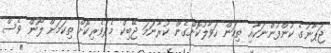
ޖަޕާނުގެ ކުންފުންނަކާއި ތިކަން ހަވާލުކޮށްގެން ކުރާނަމަ ޖޭބިކް މެދުވެރިކޮށް ތިކަމަށް ލޯން ވެސް